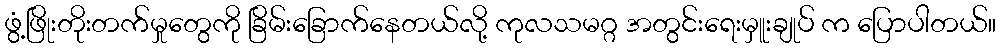
ဖွံ့ဖြိုးတိုးတက်မှုတွေကို ခြိမ်းခြောက်နေတယ်လို့ ကုလသမဂ္ဂ အတွင်းရေးမှူးချုပ် က ပြောပါတယ်။